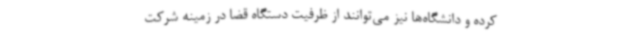
کرده و دانشگاه‌ها نیز می‌توانند از ظرفیت دستگاه قضا در زمینه شرکت